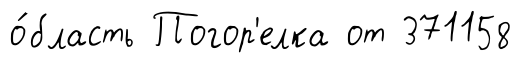
о́бласть Погор'елка от 371158